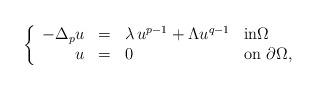
LaTeX: \begin{align*}\left\{\begin{array}{r c l l}-\Delta_p u & = & \lambda\,u^{p-1}+ \Lambda u^{q-1} & \textrm{in}\Omega \\ u & = & 0 & \textrm{on }\partial\Omega,\end{array}\right.\end{align*}